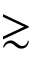
\gtrsim